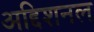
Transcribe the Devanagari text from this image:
अद्दिशनल